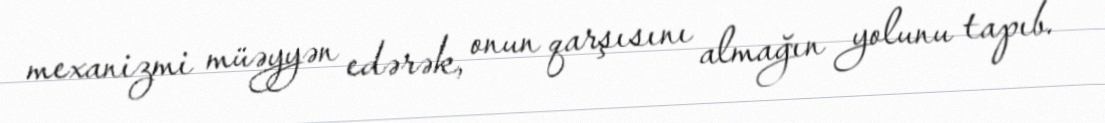
mexanizmi müəyyən edərək, onun qarşısını almağın yolunu tapıb.